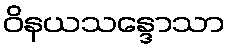
ဝိနယသန္ဒောသာ